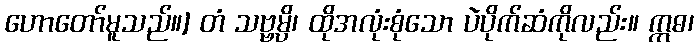
ဟောတော်မူသည်။] တံ သဗ္ဗမ္ပိ၊ ထိုအလုံးစုံသော ပဲပိုက်ဆံကိုလည်း။ ဣဓ၊